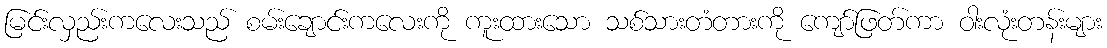
မြင်းလှည်းကလေးသည် စမ်းချောင်းကလေးကို ကူးထားသော သစ်သားတံတားကို ကျော်ဖြတ်ကာ ဝါးလုံးတန်းများ